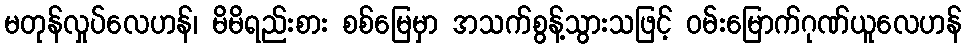
မတုန်လှုပ်လေဟန်၊ မိမိရည်းစား စစ်မြေမှာ အသက်စွန့်သွားသဖြင့် ဝမ်းမြောက်ဂုဏ်ယူလေဟန်